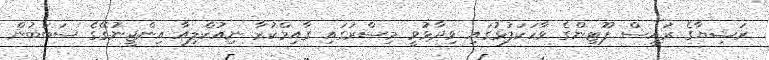
ރަޝިޔާގެ ރައީސް ޕޫޓިންގެ ވާހަކަފުޅުގައި ވިދާޅުވީ މިސްރުގައި ގާއިމްކުރާ ނިއުކްލިއާ އިންޖީނުގޭގެ ސަބަބުން